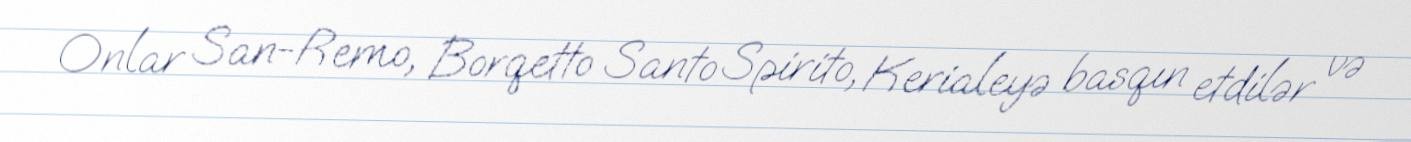
Onlar San-Remo, Borqetto Santo Spirito, Kerialeyə basqın etdilər və